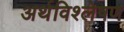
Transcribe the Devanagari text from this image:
अर्थविश्लेषण